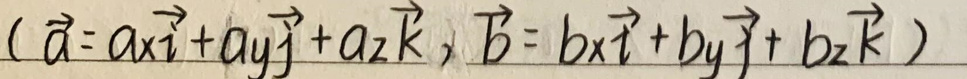
$(\vec{a} = a_x\vec{i}+a_y\vec{j}+a_z\vec{k},\vec{b}=b_x\vec{i}+b_y\vec{j}+b_z\vec{k})$